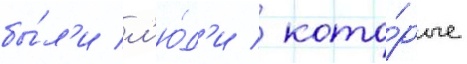
бы́л'и л'ю́д'и / кото́рые